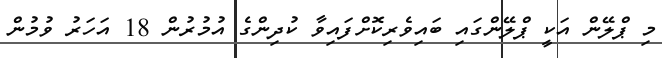
މި ޕްލޭން އަކީ ޕްލޭންގައި ބައިވެރިކޮށްފައިވާ ކުދިންގެ އުމުރުން 18 އަހަރު ވުމުން